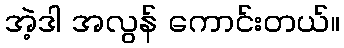
အဲ့ဒါ အလွန် ကောင်းတယ်။